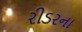
રીડરના